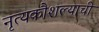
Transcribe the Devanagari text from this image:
नृत्यकौशल्याची